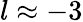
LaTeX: l\approx-3